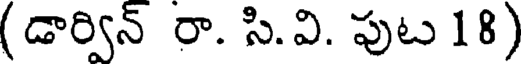
(డార్విన్ రా. సి.వి. పుట 18)